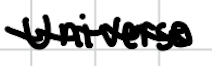
Text: Universe
Cross-out: wave
Writing tool: digital_black